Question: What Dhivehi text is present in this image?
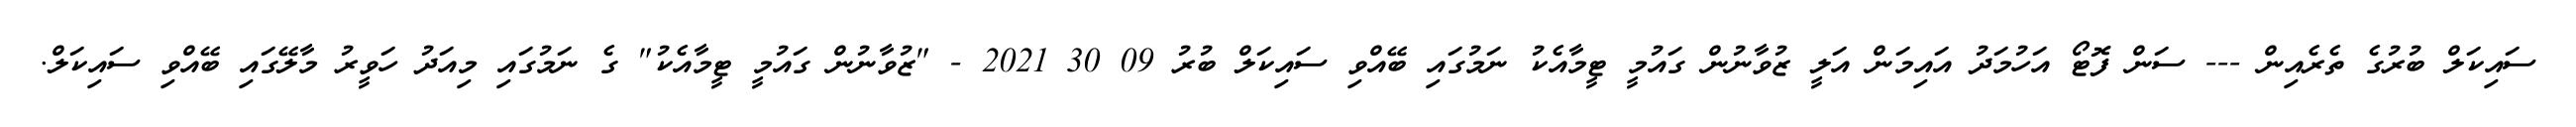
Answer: ސައިކަލް ބުރުގެ ތެރެއިން --- ސަން ފޮޓޯ އަހުމަދު އައިމަން އަލީ ޒުވާނުން ގައުމީ ޓީމާއެކު ނަމުގައި ބޭއްވި ސައިކަލް ބުރު 09 30 2021 - "ޒުވާނުން ގައުމީ ޓީމާއެކު" ގެ ނަމުގައި މިއަދު ހަވީރު މާލޭގައި ބޭއްވި ސައިކަލް.